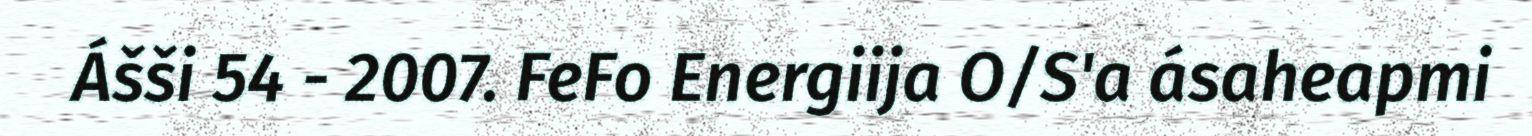
Ášši 54 - 2007. FeFo Energiija O/S'a ásaheapmi